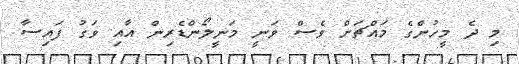
މި ދެ މީހުންގެ މައްޗަށް ވެސް ވަނީ މަނީލޯންޑެރިން އާއި ވަގު ފައިސާ